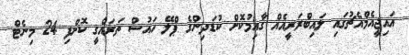
އައިޖީއެމްއެޗުގައި ލައިބްރަރީއެއް ގާއިމުކޮށް ކުޑަދިންގެ ޕްލޭ ހައުސް ތަރައްގީ ކޮށްފި 24 މިނެޓް